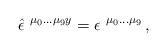
LaTeX: \begin{align*}\hat{\epsilon}^{\ \mu_{0}\ldots\mu_{9} y} =\epsilon^{\ \mu_{0}\ldots\mu_{9}}\, ,\end{align*}